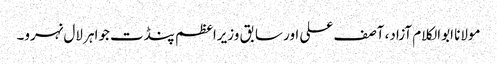
مولانا ابوالکلام آزاد، آصف علی اور سابق وزیراعظم پنڈت جواہر لال نہرو۔